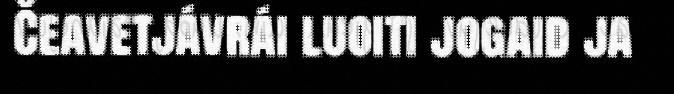
Čeavetjávrái luoiti jogaid ja